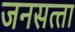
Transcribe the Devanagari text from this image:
जनसत्‍ता